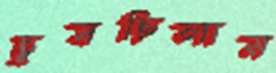
চুষছিলাম